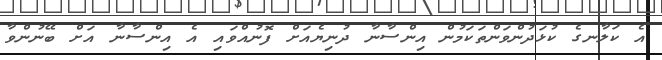
އެ ކަލާނގެ ކުޅަދުންވަންތަކަމުން އިންސާނާ ދުނިޔެއަށް ފޮނުއްވައި އެ އިންސާނާ އަށް ބޭނުންވާ